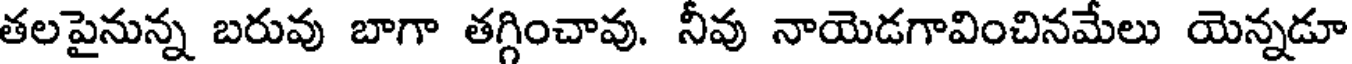
తలపైనున్న బరువు బాగా తగ్గించావు. నీవు నాయెడగావించినమేలు యెన్నడూ